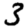
Digit: 3